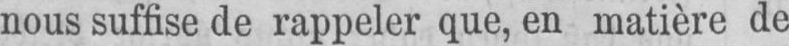
nous suffise de rappeler que, en matière de